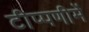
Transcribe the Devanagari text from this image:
टीप्‍पणीमें